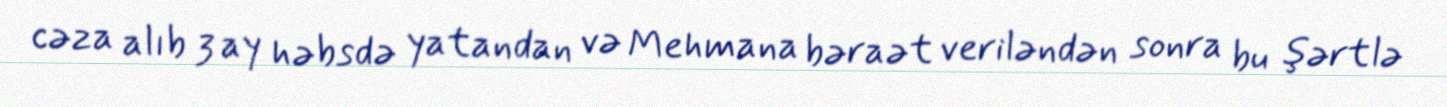
cəza alıb 3 ay həbsdə yatandan və Mehmana bəraət veriləndən sonra bu şərtlə